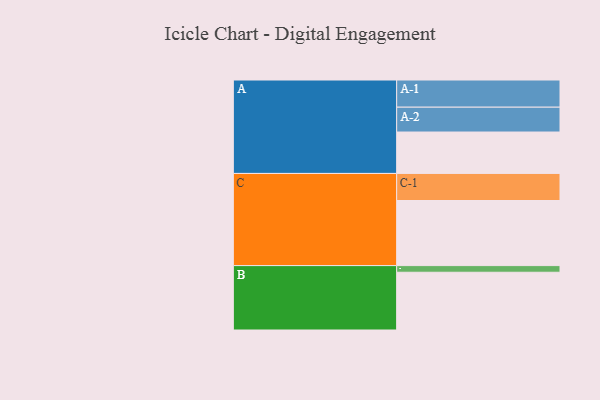
{"axis": {"x": "Segment", "y": "Value"}, "legend": ["", "A", "B", "C"], "data": [{"x": "A", "y": 355, "type": ""}, {"x": "B", "y": 495, "type": ""}, {"x": "C", "y": 558, "type": ""}, {"x": "A-1", "y": 233, "type": "A"}, {"x": "A-2", "y": 213, "type": "A"}, {"x": "B-1", "y": 57, "type": "B"}, {"x": "C-1", "y": 232, "type": "C"}]}